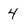
Character: 4